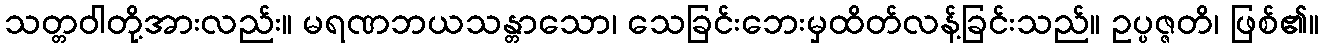
သတ္တဝါတို့အားလည်း။ မရဏဘယသန္တာသော၊ သေခြင်းဘေးမှထိတ်လန့်ခြင်းသည်။ ဥပ္ပဇ္ဇတိ၊ ဖြစ်၏။